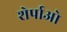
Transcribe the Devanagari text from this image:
शेर्पाओ